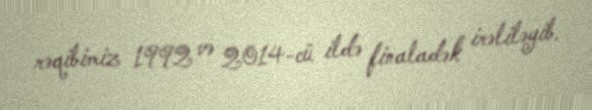
rəqibimiz 1992 və 2014-cü ildə finaladək irəliləyib.